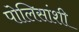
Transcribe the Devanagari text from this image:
पोलिसांशी